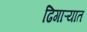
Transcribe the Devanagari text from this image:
ढिगाऱ्यात